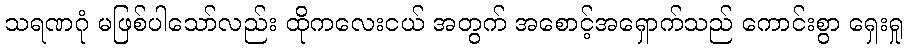
သရဏဂုံ မဖြစ်ပါသော်လည်း ထိုကလေးငယ် အတွက် အစောင့်အရှောက်သည် ကောင်းစွာ ရှေးရှု